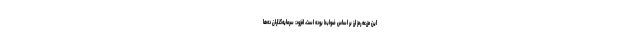
این مزرعه رمز ارز بر اساس ضوابط بوده است، افزود: سرمایه‌گذاران ده‌ها